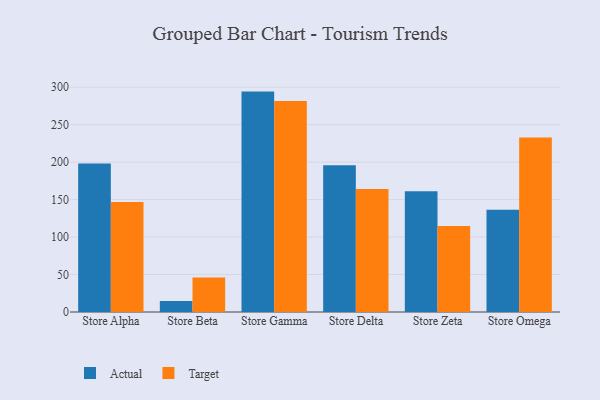
{"axis": {"x": "Store", "y": "Page Views"}, "legend": ["Actual", "Target"], "data": [{"x": "Store Alpha", "y": 198.3, "type": "Actual"}, {"x": "Store Alpha", "y": 146.8, "type": "Target"}, {"x": "Store Beta", "y": 14.6, "type": "Actual"}, {"x": "Store Beta", "y": 45.9, "type": "Target"}, {"x": "Store Gamma", "y": 294.1, "type": "Actual"}, {"x": "Store Gamma", "y": 281.4, "type": "Target"}, {"x": "Store Delta", "y": 195.7, "type": "Actual"}, {"x": "Store Delta", "y": 164.1, "type": "Target"}, {"x": "Store Zeta", "y": 161.2, "type": "Actual"}, {"x": "Store Zeta", "y": 114.8, "type": "Target"}, {"x": "Store Omega", "y": 136.3, "type": "Actual"}, {"x": "Store Omega", "y": 232.7, "type": "Target"}]}